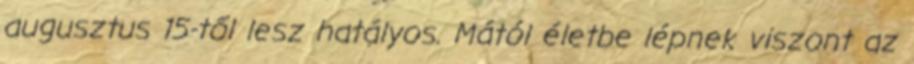
augusztus 15-től lesz hatályos. Mától életbe lépnek viszont az